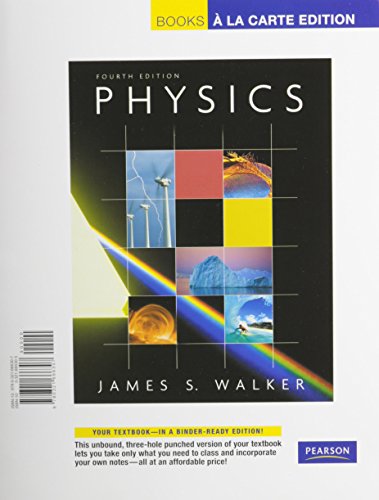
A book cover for Advances in Photochemistry (Volume 19); Science & Math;